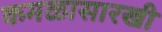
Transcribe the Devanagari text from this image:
कमळासारखी